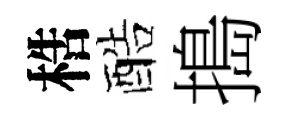
梏酷搗